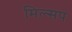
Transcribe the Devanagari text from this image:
मिल्सप